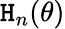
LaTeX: \mathtt{H}_{n}(\theta)